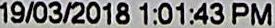
19/03/2018 1:01:43 PM